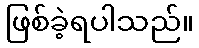
ဖြစ်ခဲ့ရပါသည်။